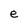
Character: e